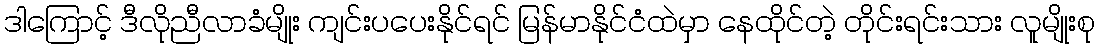
ဒါကြောင့် ဒီလိုညီလာခံမျိုး ကျင်းပပေးနိုင်ရင် မြန်မာနိုင်ငံထဲမှာ နေထိုင်တဲ့ တိုင်းရင်းသား လူမျိုးစု